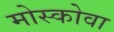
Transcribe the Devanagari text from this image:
मोस्कोवा